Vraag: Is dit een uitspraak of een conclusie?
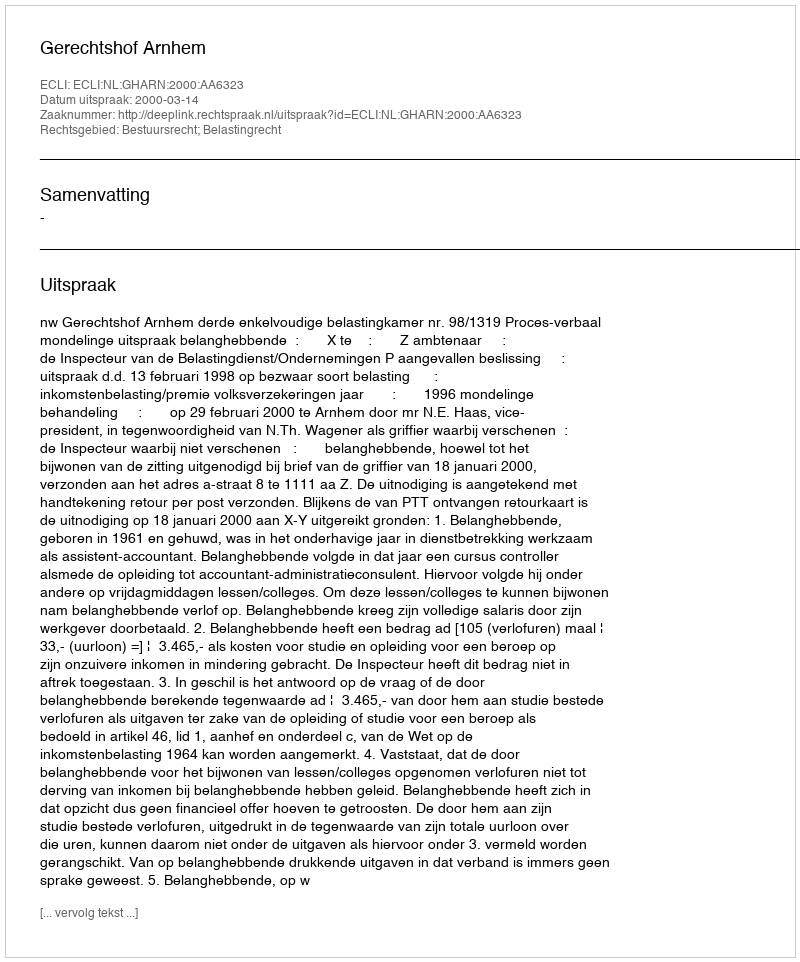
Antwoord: Uitspraak